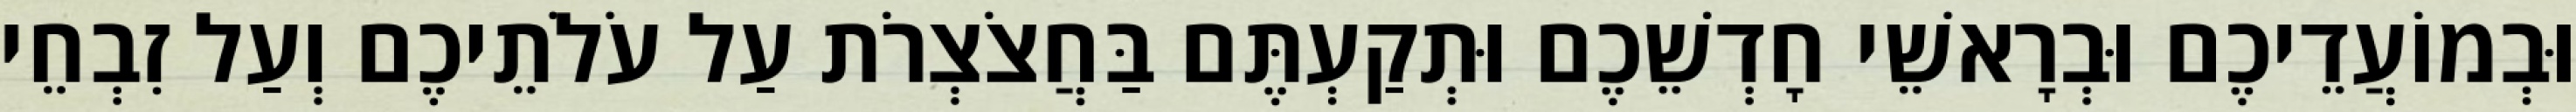
וּבְמוֹעֲדֵיכֶם וּבְרָאשֵׁי חָדְשֵׁכֶם וּתְקַעְתֶּם בַּחֲצֹצְרֹת עַל עֹלֹתֵיכֶם וְעַל זִבְחֵי